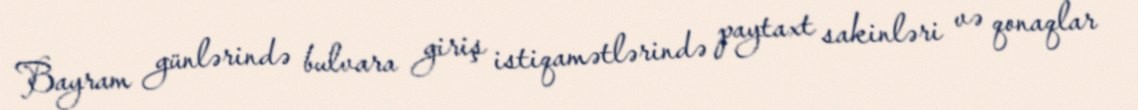
Bayram günlərində bulvara giriş istiqamətlərində paytaxt sakinləri və qonaqlar